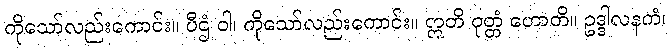
ကိုသော်လည်းကောင်း။ ပီဌံ ဝါ၊ ကိုသော်လည်းကောင်း။ ဣတိ ဝုတ္တံ ဟောတိ။ ဥဒ္ဒါလနကံ၊